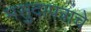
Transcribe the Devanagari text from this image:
मसुदापत्राचे